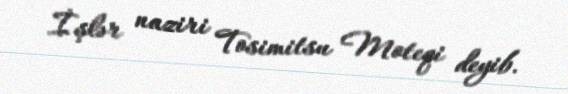
İşlər naziri Tosimitsu Moteqi deyib.